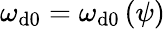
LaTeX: \omega_{\mathrm{d}0}=\omega_{\mathrm{d}0}\left(\psi\right)